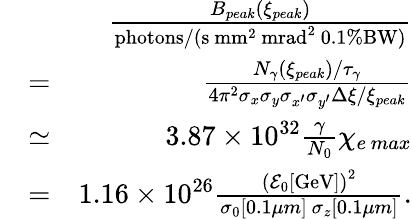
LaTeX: \begin{array}{rlr}&{}&{\frac{B_{peak}(\xi_{peak})}{\mathrm{photons}/(\mathrm{s}\ \mathrm{mm}^{2}\ \mathrm{mrad}^{2}\ 0.1\% \mathrm{BW})}}\\ &{=}&{\frac{N_{\gamma}(\xi_{peak})/\tau_{\gamma}}{4\pi^{2}\sigma_{x}\sigma_{y}\sigma_{x^{\prime}}\sigma_{y^{\prime}}\Delta\xi/\xi_{peak}}}\\ &{\simeq}&{3.87\times 10^{32}\frac{\gamma}{N_{0}}\chi_{e\, max}}\\ &{=}&{1.16\times 10^{26}\frac{\left(\mathcal{E}_{0}[\mathrm{GeV}]\right)^{2}}{\sigma_{0}[0.1\mu m]\ \sigma_{z}[0.1\mu m]}.}\end{array}